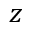
z